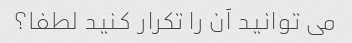
می توانید آن را تکرار کنید لطفا؟